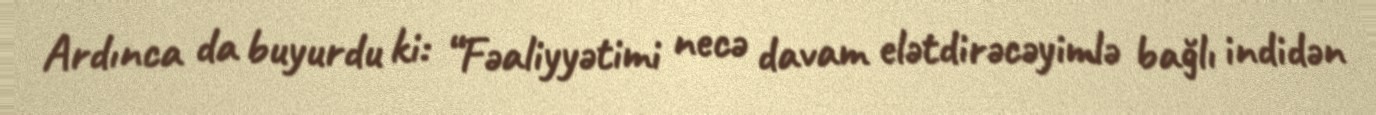
Ardınca da buyurdu ki: “Fəaliyyətimi necə davam elətdirəcəyimlə bağlı indidən